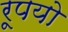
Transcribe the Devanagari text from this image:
रूपयो